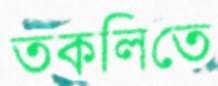
তকলিতে